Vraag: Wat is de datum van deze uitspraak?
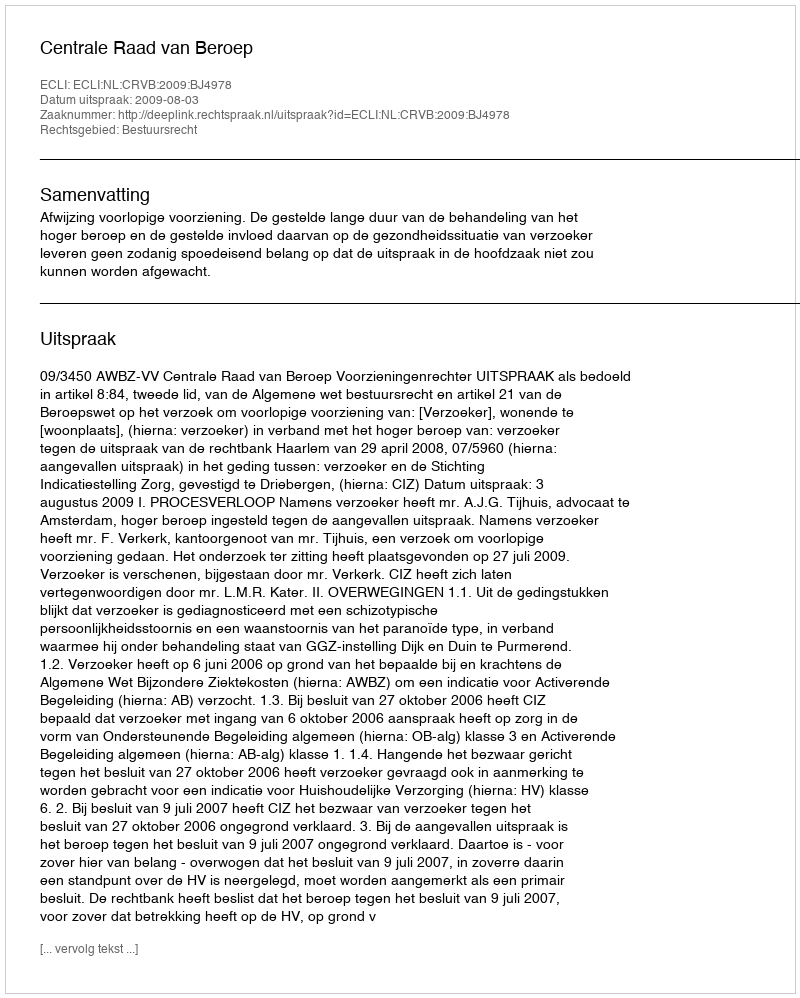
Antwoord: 2009-08-03